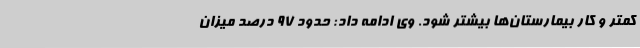
کمتر و کار بیمارستان‌ها بیشتر شود. وی ادامه داد: حدود 97 درصد میزان